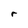
Character: r